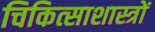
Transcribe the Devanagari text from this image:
चिकित्साशास्त्रों